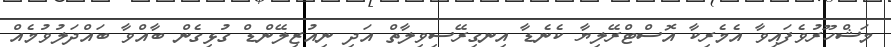
މަޝްހޫރުވެފައިވާ އެމެރިކާ އޮސްޓްރޭލިޔާ ކެނެޑާ އިނގިރޭސިވިލާތް އަދި ނިއުޒިލޭންޑް ގުޅިގެން ބާއްވާ ބައްދަލުވުމެއް